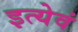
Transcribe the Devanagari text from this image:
इत्येवं